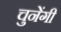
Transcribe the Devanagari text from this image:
चुनेंगी